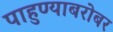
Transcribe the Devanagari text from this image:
पाहुण्याबरोबर